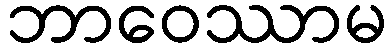
ဘာဝေဿာမ